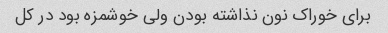
برای خوراک نون نذاشته بودن ولی خوشمزه بود در کل